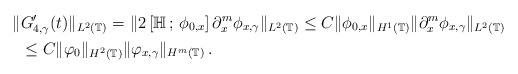
\begin{align*}\Vert & G'_{4,\gamma}(t)\Vert_{L^2(\mathbb T)}=\Vert 2\left[\mathbb H\,;\,\phi_{0,x}\right]\partial^m_x\phi_{x,\gamma}\Vert_{L^2(\mathbb T)}\le C\Vert\phi_{0,x}\Vert_{H^1(\mathbb T)}\Vert\partial^m_x\phi_{x,\gamma}\Vert_{L^{2}(\mathbb T)}\\&\le C\Vert\varphi_{0}\Vert_{H^2(\mathbb T)}\Vert\varphi_{x,\gamma}\Vert_{H^{m}(\mathbb T)}\,.\end{align*}